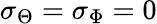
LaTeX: \sigma_{\Theta}=\sigma_{\Phi}=0